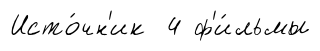
Исто́чн'ик 4 ф'и́льмы